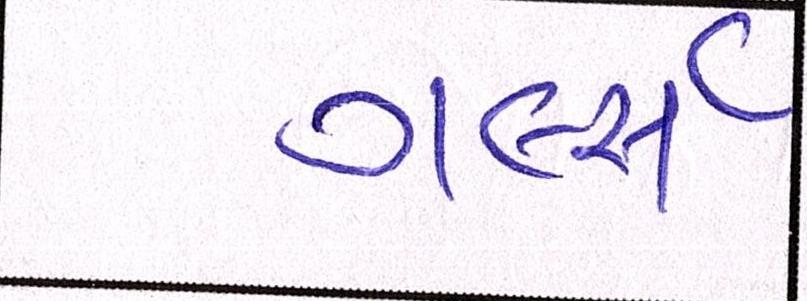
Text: ગર્લ્સે